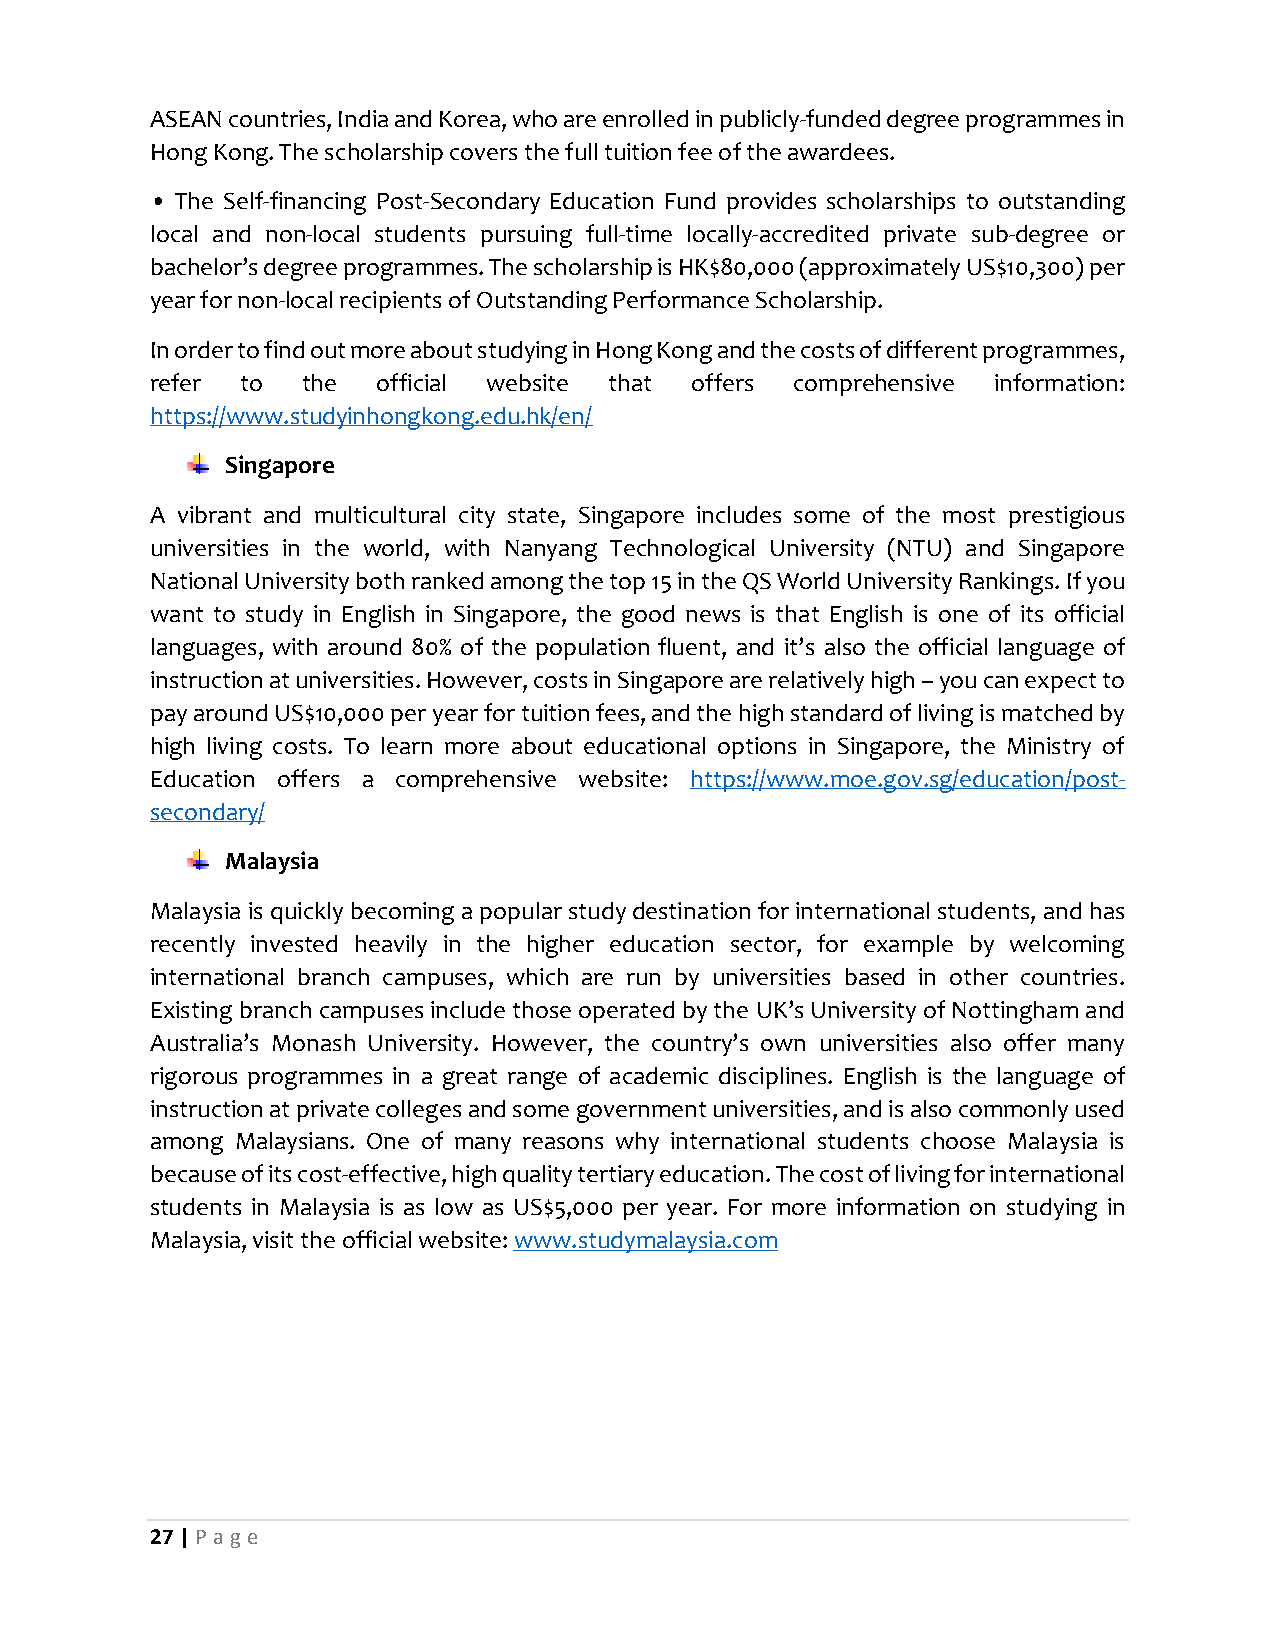
ASEAN countries, India and Korea, who are enrolled in publicly-funded degree programmes in
 Hong Kong. The scholarship covers the full tuition fee of the awardees.
 • The Self-financing Post-Secondary Education Fund provides scholarships to outstanding
 local and non-local students pursuing full-time locally-accredited private sub-degree or
 bachelor’s degree programmes. The scholarship is HK$80,000 (approximately US$10,300) per
 year for non-local recipients of Outstanding Performance Scholarship.
 In order to find out more about studying in Hong Kong and the costs of different programmes,
 refer to  the  official website that offers comprehensive information:
 https://www.studyinhongkong.edu.hk/en/
 Singapore
 A vibrant and multicultural city state, Singapore includes some of the most prestigious
 universities in the world, with Nanyang Technological University (NTU) and Singapore
 National University both ranked among the top 15 in the QS World University Rankings. If you
 want to study in English in Singapore, the good news is that English is one of its official
 languages, with around 80% of the population fluent, and it’s also the official language of
 instruction at universities. However, costs in Singapore are relatively high – you can expect to
 pay around US$10,000 per year for tuition fees, and the high standard of living is matched by
 high living costs. To learn more about educational options in Singapore, the Ministry of
 Education offers a comprehensive website: https://www.moe.gov.sg/education/post-
 secondary/
 Malaysia
 Malaysia is quickly becoming a popular study destination for international students, and has
 recently invested heavily in the higher education sector, for example by welcoming
 international branch campuses, which are run by universities based in other countries.
 Existing branch campuses include those operated by the UK’s University of Nottingham and
 Australia’s Monash University. However, the country’s own universities also offer many
 rigorous programmes in a great range of academic disciplines. English is the language of
 instruction at private colleges and some government universities, and is also commonly used
 among Malaysians. One of many reasons why international students choose Malaysia is
 because of its cost-effective, high quality tertiary education. The cost of living for international
 students in Malaysia is as low as US$5,000 per year. For more information on studying in
 Malaysia, visit the official website: www.studymalaysia.com
 27 | P age